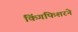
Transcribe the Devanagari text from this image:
किंगफिशरने